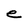
Character: e